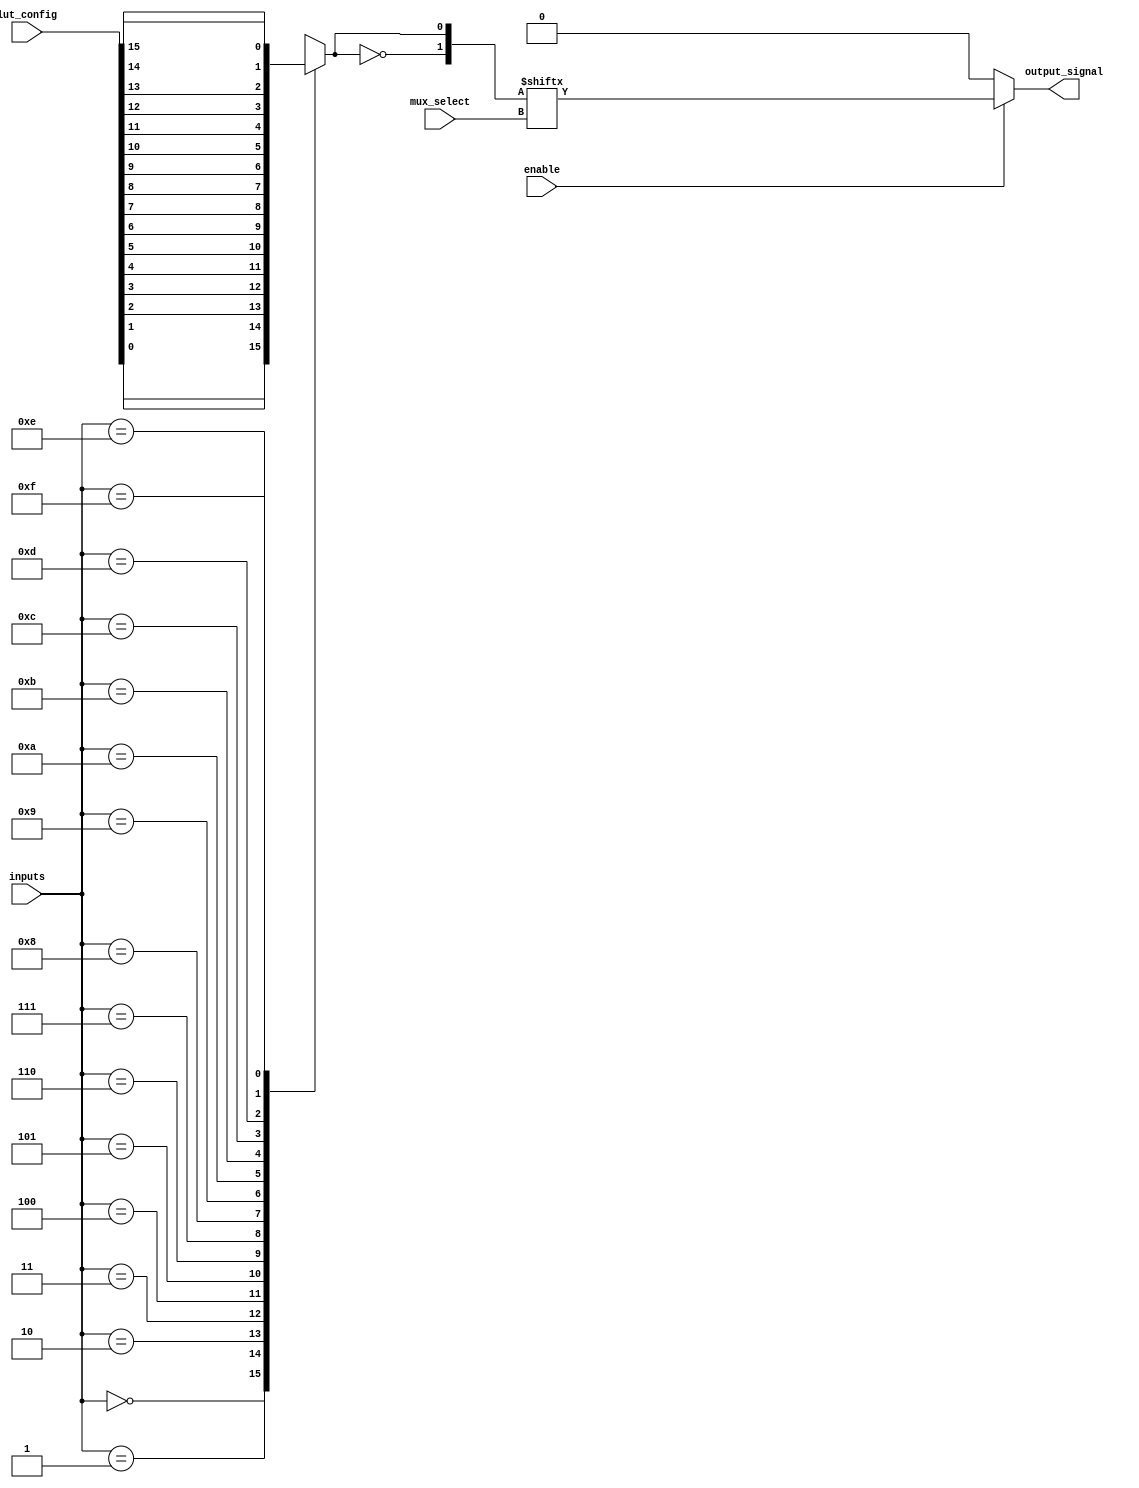
module CLB (
    input wire [N-1:0] inputs,          // N input signals
    input wire [M-1:0] lut_config,      // Configuration for LUT
    input wire [P-1:0] mux_select,      // Multiplexer select signals
    input wire enable,                   // Enable signal
    output wire output_signal            // Output signal
);
    parameter N = 4;                    // Number of inputs
    parameter M = 16;                   // LUT size (2^N)
    parameter P = 2;                    // Number of multiplexers

    // Look-Up Table (LUT)
    reg [M-1:0] lut;                    // LUT memory
    wire [M-1:0] lut_output;            // LUT output

    // Initialize LUT with configuration
    always @(*) begin
        case (inputs)
            4'b0000: lut = lut_config[0];
            4'b0001: lut = lut_config[1];
            4'b0010: lut = lut_config[2];
            4'b0011: lut = lut_config[3];
            4'b0100: lut = lut_config[4];
            4'b0101: lut = lut_config[5];
            4'b0110: lut = lut_config[6];
            4'b0111: lut = lut_config[7];
            4'b1000: lut = lut_config[8];
            4'b1001: lut = lut_config[9];
            4'b1010: lut = lut_config[10];
            4'b1011: lut = lut_config[11];
            4'b1100: lut = lut_config[12];
            4'b1101: lut = lut_config[13];
            4'b1110: lut = lut_config[14];
            4'b1111: lut = lut_config[15];
            default: lut = 0;
        endcase
    end

    // Multiplexer logic
    wire [P-1:0] mux_outputs;           // Outputs from multiplexers
    assign mux_outputs[0] = lut;        // Connect LUT output to MUX 0
    assign mux_outputs[1] = ~lut;       // Connect inverted LUT output to MUX 1

    // Output logic with enable
    assign output_signal = enable ? mux_outputs[mux_select] : 1'b0;

endmodule